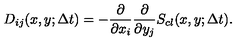
D _ { i j } ( x , y ; \Delta t ) = - \frac { \partial } { \partial x _ { i } } \frac { \partial } { \partial y _ { j } } S _ { c l } ( x , y ; \Delta t ) .